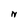
Character: N